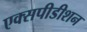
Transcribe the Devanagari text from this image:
एक्सपीडीशन